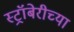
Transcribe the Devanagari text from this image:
स्ट्रॉबेरीच्या